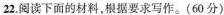
22.阅读下面的材料，根据要求写作。(60分)